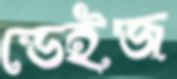
ডেইজ